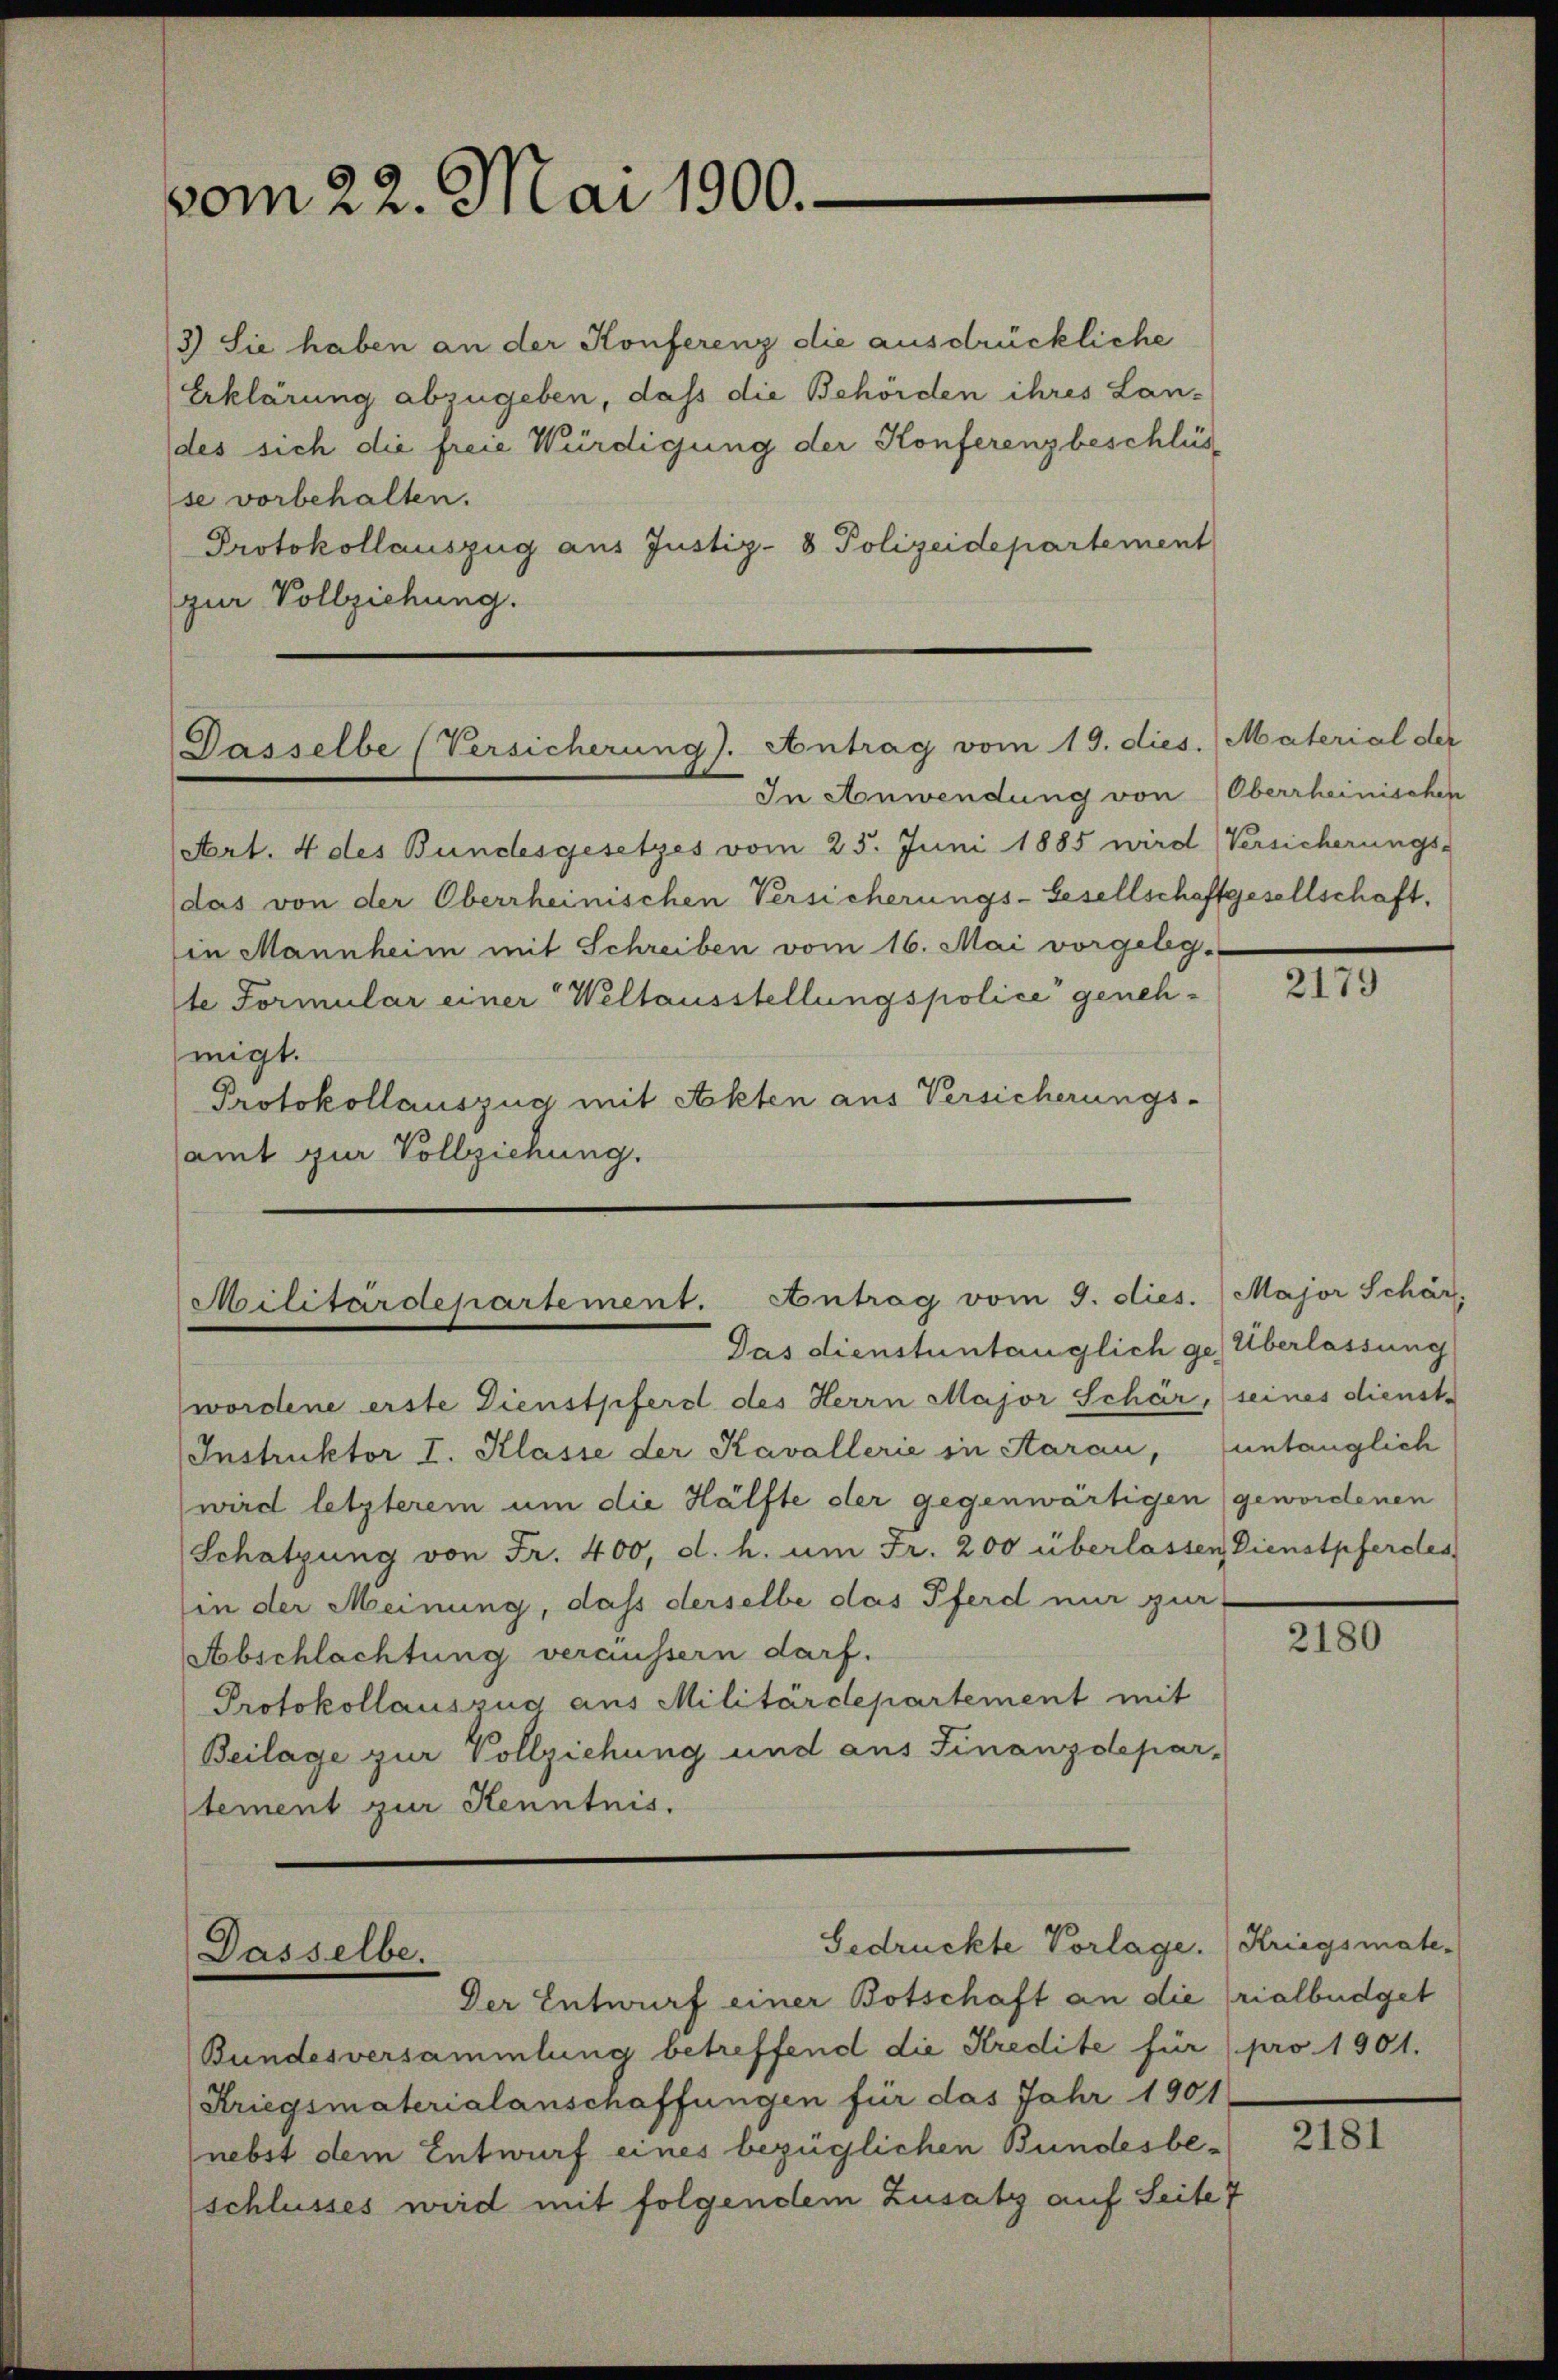
vom 22. Mai 1900.

3) Sie haben an der Konferenz die ausdrückliche
Erklärung abzugeben, dass die Behörden ihres Lan-
(des sich die freie Würdigung der Konferenz beschlüs
se vorbehalten.
Protokollauszug aus Justiz- & Polizeidepartement
zur Vollziehung.

Dasselbe (Versicherung). Antrag vom 19. dies. Material der

Art. 4 des Bundesgesetzes vom 25. Juni 1885 wird Versicherungs-
das von der Oberrheinischen Versicherungs-Gesellschaffgesellschaft.
in Mannheim mit Schreiben vom 16. Mai vorgeleg-
te Formular einer Weltausstellungspolice genehmigt.
Protokollauszug mit Akten aus Versicherungs-
amt zur Vollziehung.

Militärdepartement. Antrag vom 9. dies. Major Schär
Das dienstuntauglich ge) Überlassung

wordene erste Dienstpferst des Herrn Major Schär, seines dienst-
Instruktor I. Klasse der Kavallerie in Aarau, untauglich
wird letzterem um die Hälfte der gegenwärtigen gewordenen
Schatzung von Fr. 400, d. h. um Fr. 200 überlassen Dienstpferdes
in der Meinung, daß derselbe das Pferd mir zur
Abschlachtung veräussern darf.
Protokollauszug aus Militärdepartement mit
Beilage zur Vollziehung und aus Finanzdepar-
tement zur Kenntnis.

Gedrückte Vorlage.
Dasselbe.
Der Entwurf einer Botschaft an die rialbüdget

Bundesversammlung betreffend die Kredite für pro 1901.
Kriegsmaterialanschaffungen für das Jahr 1901
nebst dem Entwurf eines bezüglichen Bundesbeschlusses wird mit folgendem Zusatz auf Seite 7

In Anwendung von Oberrheinischen

XIII

2180

Kriegsmate-

XII.